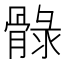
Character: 𲌏